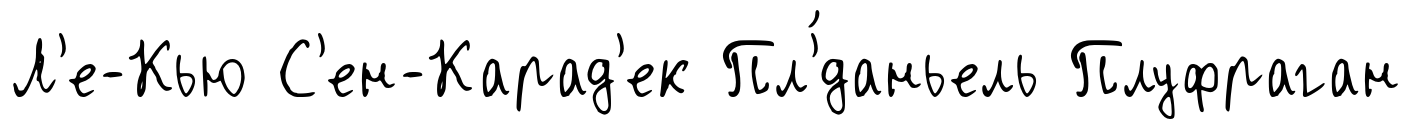
Л'е-Кью С'ен-Карад'ек Пл'́даньель Плуфраган